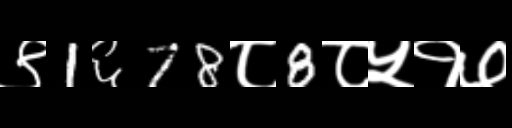
Text: ९1६78८8८५१७